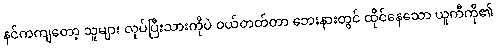
နင်ကကျတော့ သူများ လုပ်ပြီးသားကိုပဲ ဝယ်တတ်တာ ဘေးနားတွင် ထိုင်နေသော ယူကီကို၏